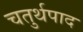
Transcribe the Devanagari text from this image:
चतुर्थपाद